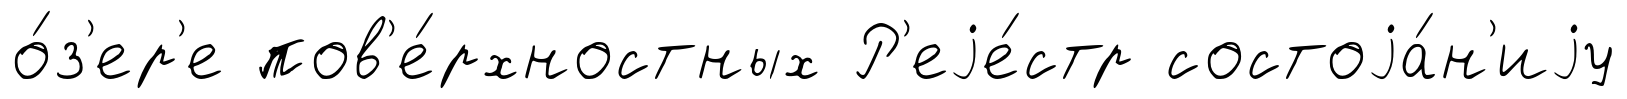
о́з'ер'е пов'е́рхностных Р'еjе́стр состоjа́н'иjу